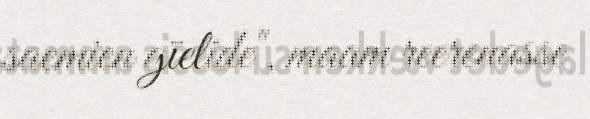
saemien gïelide", maam reerenasse